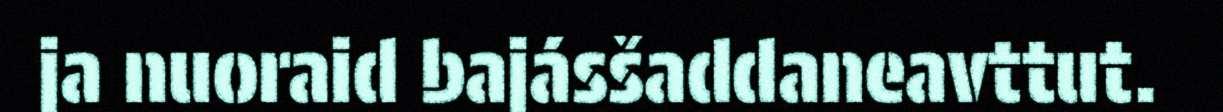
ja nuoraid bajásšaddaneavttut.